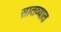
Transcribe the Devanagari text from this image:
सातव्यात